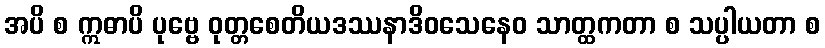
အပိ စ ဣဓာပိ ပုဗ္ဗေ ဝုတ္တစေတိယဒဿနာဒိဝသေနေဝ သာတ္ထကတာ စ သပ္ပါယတာ စ